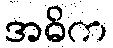
အဓိက